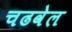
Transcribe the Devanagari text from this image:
चढवेल